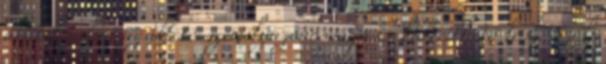
amivel talán az illető személyazonossága is kideríthető lesz. Szólj